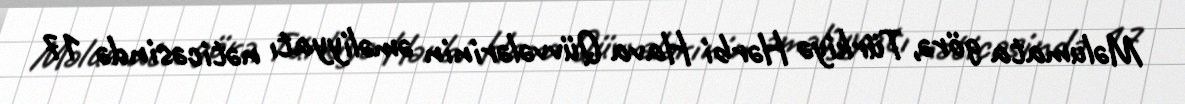
Məlumata görə, Türkiyə Hərbi Hava Qüvvələrinin əməliyyatı nəticəsində 17